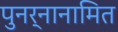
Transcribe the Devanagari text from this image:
पुनर्नानामित